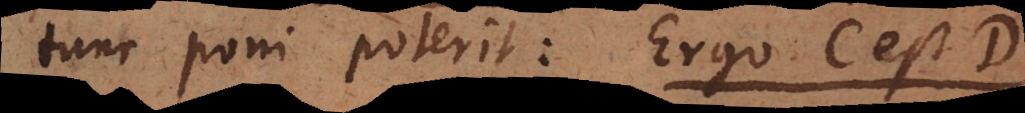
tunc poni poterit: Ergo C est D.